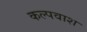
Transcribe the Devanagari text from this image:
कल्पवाश